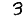
Digit: 3